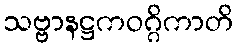
သဗ္ဗာနဋ္ဌကဝဂ္ဂိကာတိ